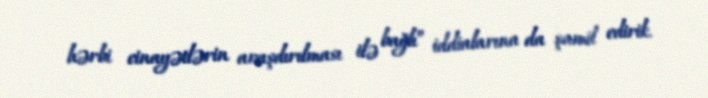
hərbi cinayətlərin araşdırılması ilə bağlı” iddialarına da şamil edirik.